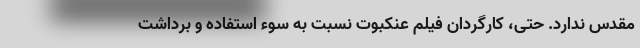
مقدس ندارد. حتی، کارگردان فیلم عنکبوت نسبت به سوء استفاده و برداشت